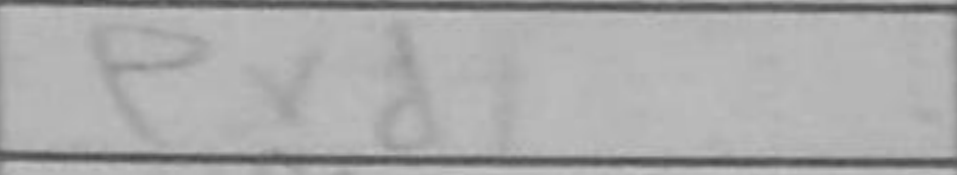
Transcription: exd1